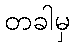
တခါမှ